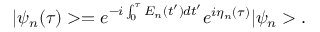
| \psi _ { n } ( \tau ) > = e ^ { - i \int _ { 0 } ^ { \tau } E _ { n } ( t ^ { \prime } ) d t ^ { \prime } } e ^ { i \eta _ { n } ( \tau ) } | \psi _ { n } > .